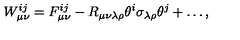
W _ { \mu \nu } ^ { i j } = F _ { \mu \nu } ^ { i j } - R _ { \mu \nu \lambda \rho } \theta ^ { i } \sigma _ { \lambda \rho } \theta ^ { j } + \dots ,